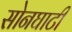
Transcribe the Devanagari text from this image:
सोनघाटी